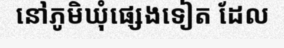
នៅភូមិឃុំផ្សេងទៀត ដែល